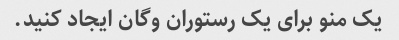
یک منو برای یک رستوران وگان ایجاد کنید.